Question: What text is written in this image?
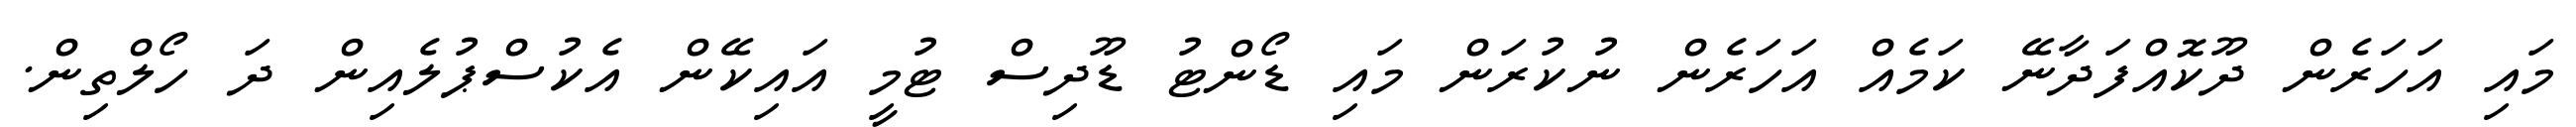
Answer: މައި އަހަރެން ދޫކޮއްފަދާނޭ ކަމެއް އަހަރެން ނުކުރަން މައި ޑޯންޓު ޑޫދިސް ޓުމީ އައިކޭން އެކުސްޕުލެއިން ދަ ހޯލްތިން.